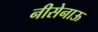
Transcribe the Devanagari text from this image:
नीसेनाऊ